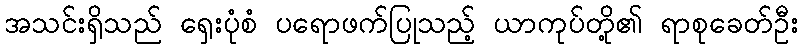
အသင်းရှိသည် ရှေးပုံစံ ပရောဖက်ပြုသည့် ယာကုပ်တို့၏ ရာစုခေတ်ဦး